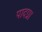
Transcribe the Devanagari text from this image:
पादग्रा